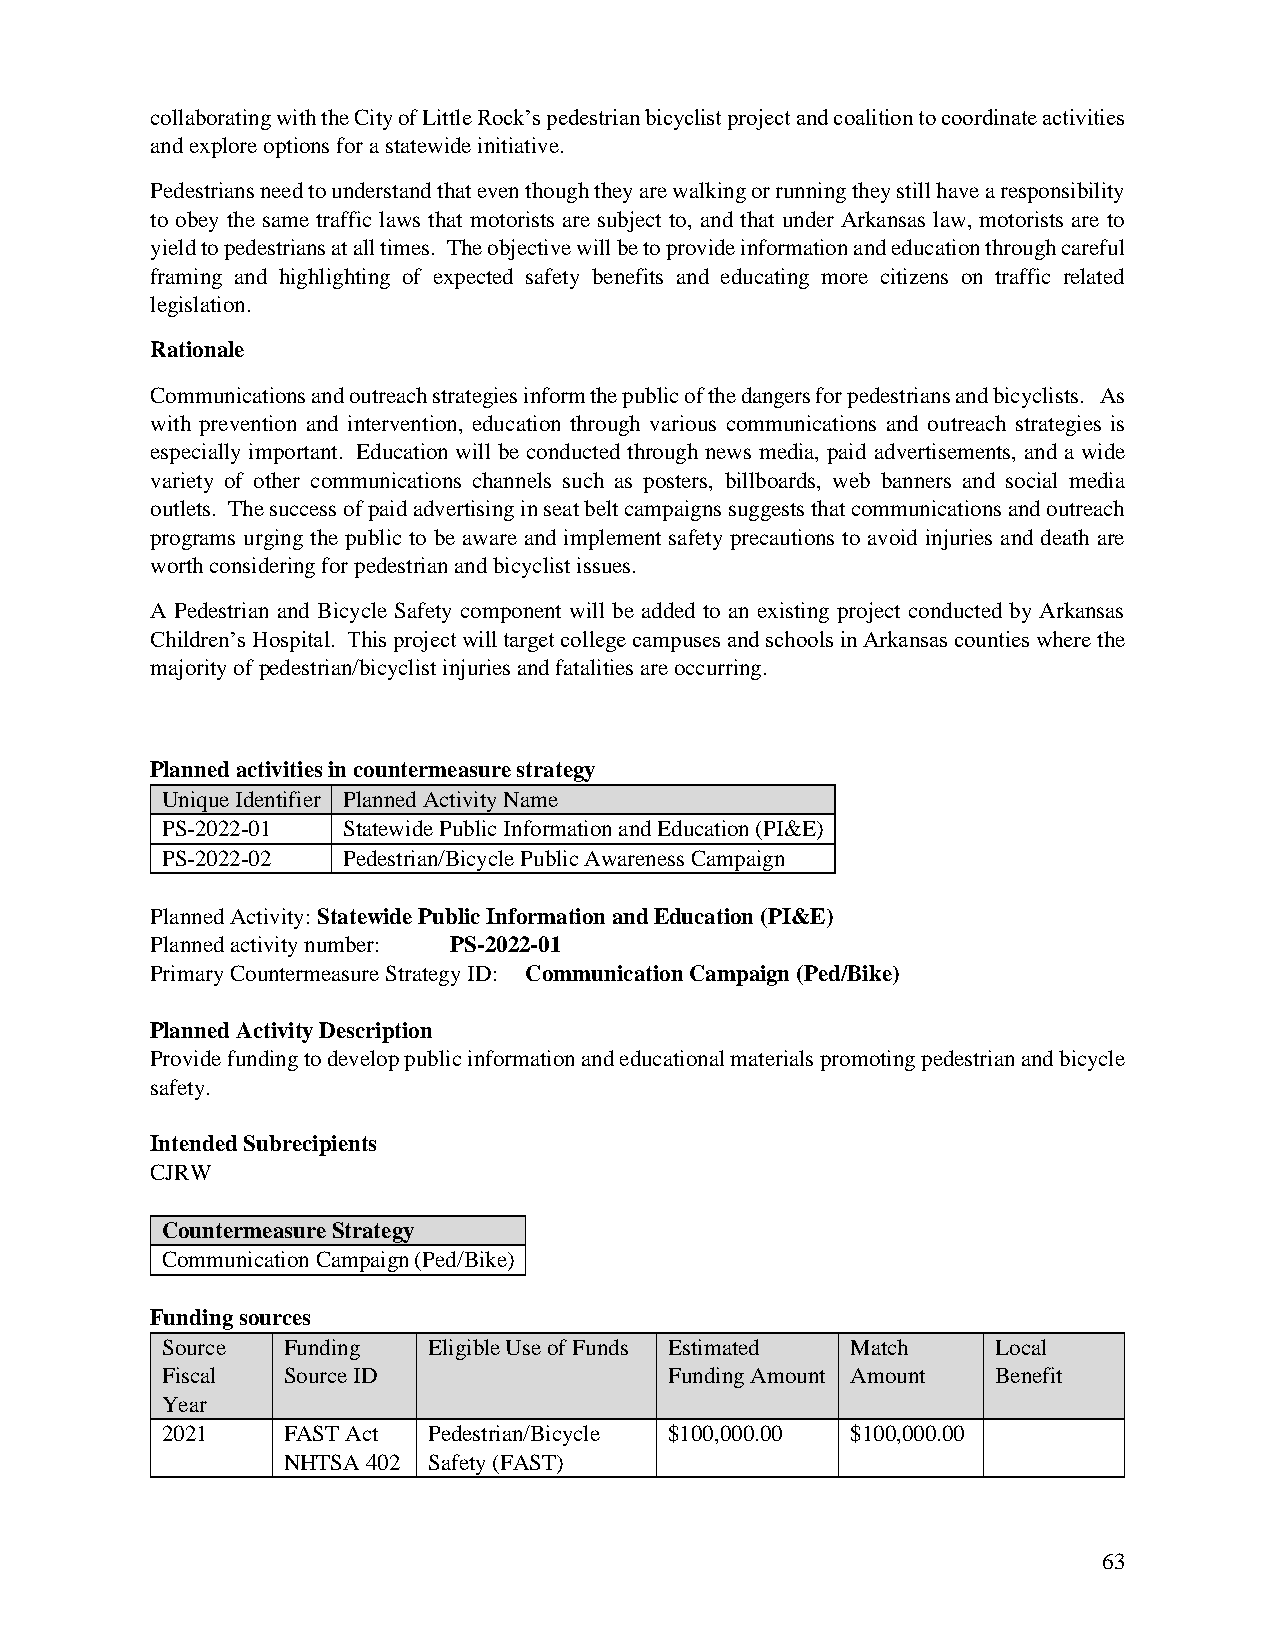
collaborating with the City of Little Rock’s pedestrian bicyclist project and coalition to coordinate activities
 and explore options for a statewide initiative.
 Pedestrians need to understand that even though they are walking or running they still have a responsibility
 to obey the same traffic laws that motorists are subject to, and that under Arkansas law, motorists are to
 yield to pedestrians at all times. The objective will be to provide information and education through careful
 framing and highlighting of expected safety benefits and educating more citizens on traffic related
 legislation.
 Rationale
 Communications and outreach strategies inform the public of the dangers for pedestrians and bicyclists. As
 with prevention and intervention, education through various communications and outreach strategies is
 especially important. Education will be conducted through news media, paid advertisements, and a wide
 variety of other communications channels such as posters, billboards, web banners and social media
 outlets. The success of paid advertising in seat belt campaigns suggests that communications and outreach
 programs urging the public to be aware and implement safety precautions to avoid injuries and death are
 worth considering for pedestrian and bicyclist issues.
 A Pedestrian and Bicycle Safety component will be added to an existing project conducted by Arkansas
 Children’s Hospital. This project will target college campuses and schools in Arkansas counties where the
 majority of pedestrian/bicyclist injuries and fatalities are occurring.
 Planned activities in countermeasure strategy
 Unique Identifier Planned Activity Name
 PS-2022-01  Statewide Public Information and Education (PI&E)
 PS-2022-02  Pedestrian/Bicycle Public Awareness Campaign
 Planned Activity: Statewide Public Information and Education (PI&E)
 Planned activity number: PS-2022-01
 Primary Countermeasure Strategy ID: Communication Campaign (Ped/Bike)
 Planned Activity Description
 Provide funding to develop public information and educational materials promoting pedestrian and bicycle
 safety.
 Intended Subrecipients
 CJRW
 Countermeasure Strategy
 Communication Campaign (Ped/Bike)
 Funding sources
 Source  Funding  Eligible Use of Funds Estimated Match Local
 Fiscal  Source ID                Funding Amount Amount Benefit
 Year
 2021    FAST Act Pedestrian/Bicycle $100,000.00 $100,000.00
 NHTSA 402 Safety (FAST)
 63